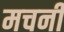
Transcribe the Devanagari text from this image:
मचनी